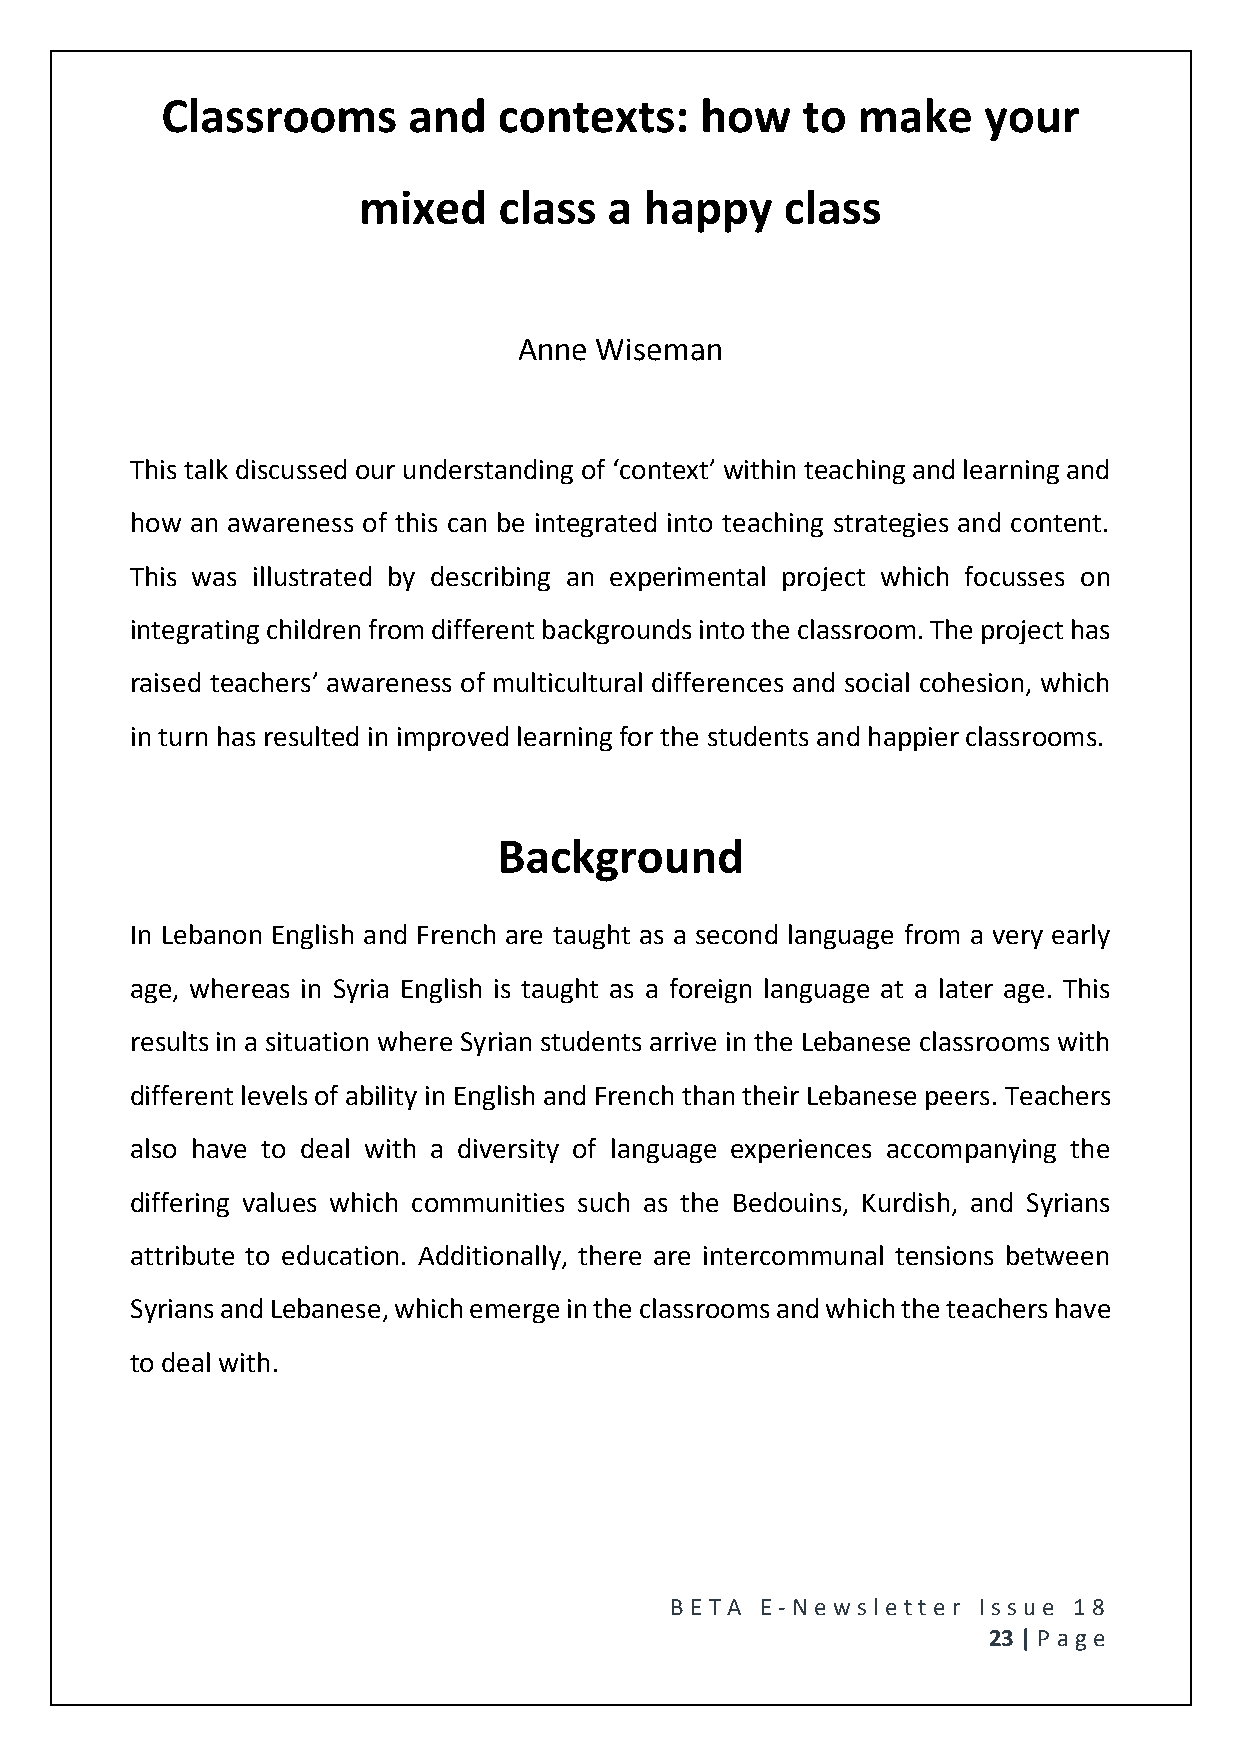
Classrooms      and   contexts:    how    to  make    your
 mixed    class  a  happy    class
 Anne Wiseman
 This talk discussed our understanding of ‘context’ within teaching and learning and
 how an awareness of this can be integrated into teaching strategies and content.
 This was illustrated by describing an experimental project which focusses on
 integrating children from different backgrounds into the classroom. The project has
 raised teachers’ awareness of multicultural differences and social cohesion, which
 in turn has resulted in improved learning for the students and happier classrooms.
 Background
 In Lebanon English and French are taught as a second language from a very early
 age, whereas in Syria English is taught as a foreign language at a later age. This
 results in a situation where Syrian students arrive in the Lebanese classrooms with
 different levels of ability in English and French than their Lebanese peers. Teachers
 also have to deal with a diversity of language experiences accompanying the
 differing values which communities such as the Bedouins, Kurdish, and Syrians
 attribute to education. Additionally, there are intercommunal tensions between
 Syrians and Lebanese, which emerge in the classrooms and which the teachers have
 to deal with.
 BE T A E -N e wsle tt e r Issue 18
 23 | P age